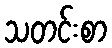
သတင်းစာ